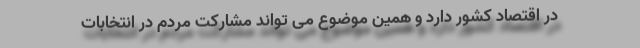
در اقتصاد کشور دارد و همین موضوع می تواند مشارکت مردم در انتخابات